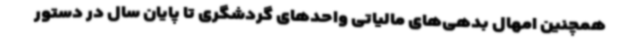
همچنین امهال بدهی‌های مالیاتی واحدهای گردشگری تا پایان سال در دستور